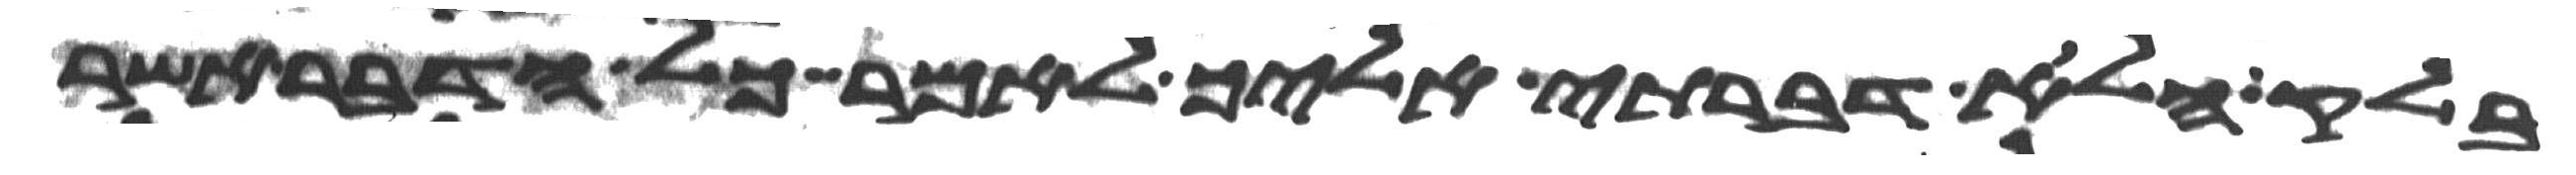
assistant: בלק הלוא דברתי אליך לאמר כל הדבר אשר